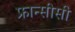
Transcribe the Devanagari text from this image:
फ्रान्सीसी